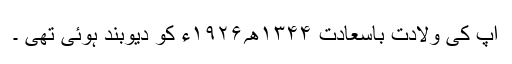
آپ کی ولادت باسعادت ۱۳۴۴ھ؍۱۹۲۶ء کو دیوبند ہوئی تھی ۔